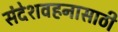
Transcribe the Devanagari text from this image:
संदेशवहनासाठी